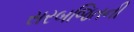
સરબજિતની